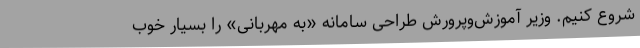
شروع کنیم. وزیر آموزش‌وپرورش طراحی سامانه «به مهربانی» را بسیار خوب